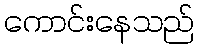
ကောင်းနေသည်